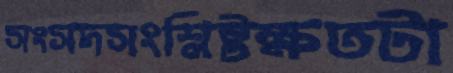
সংসদসংশ্লিষ্টক্ষতটা